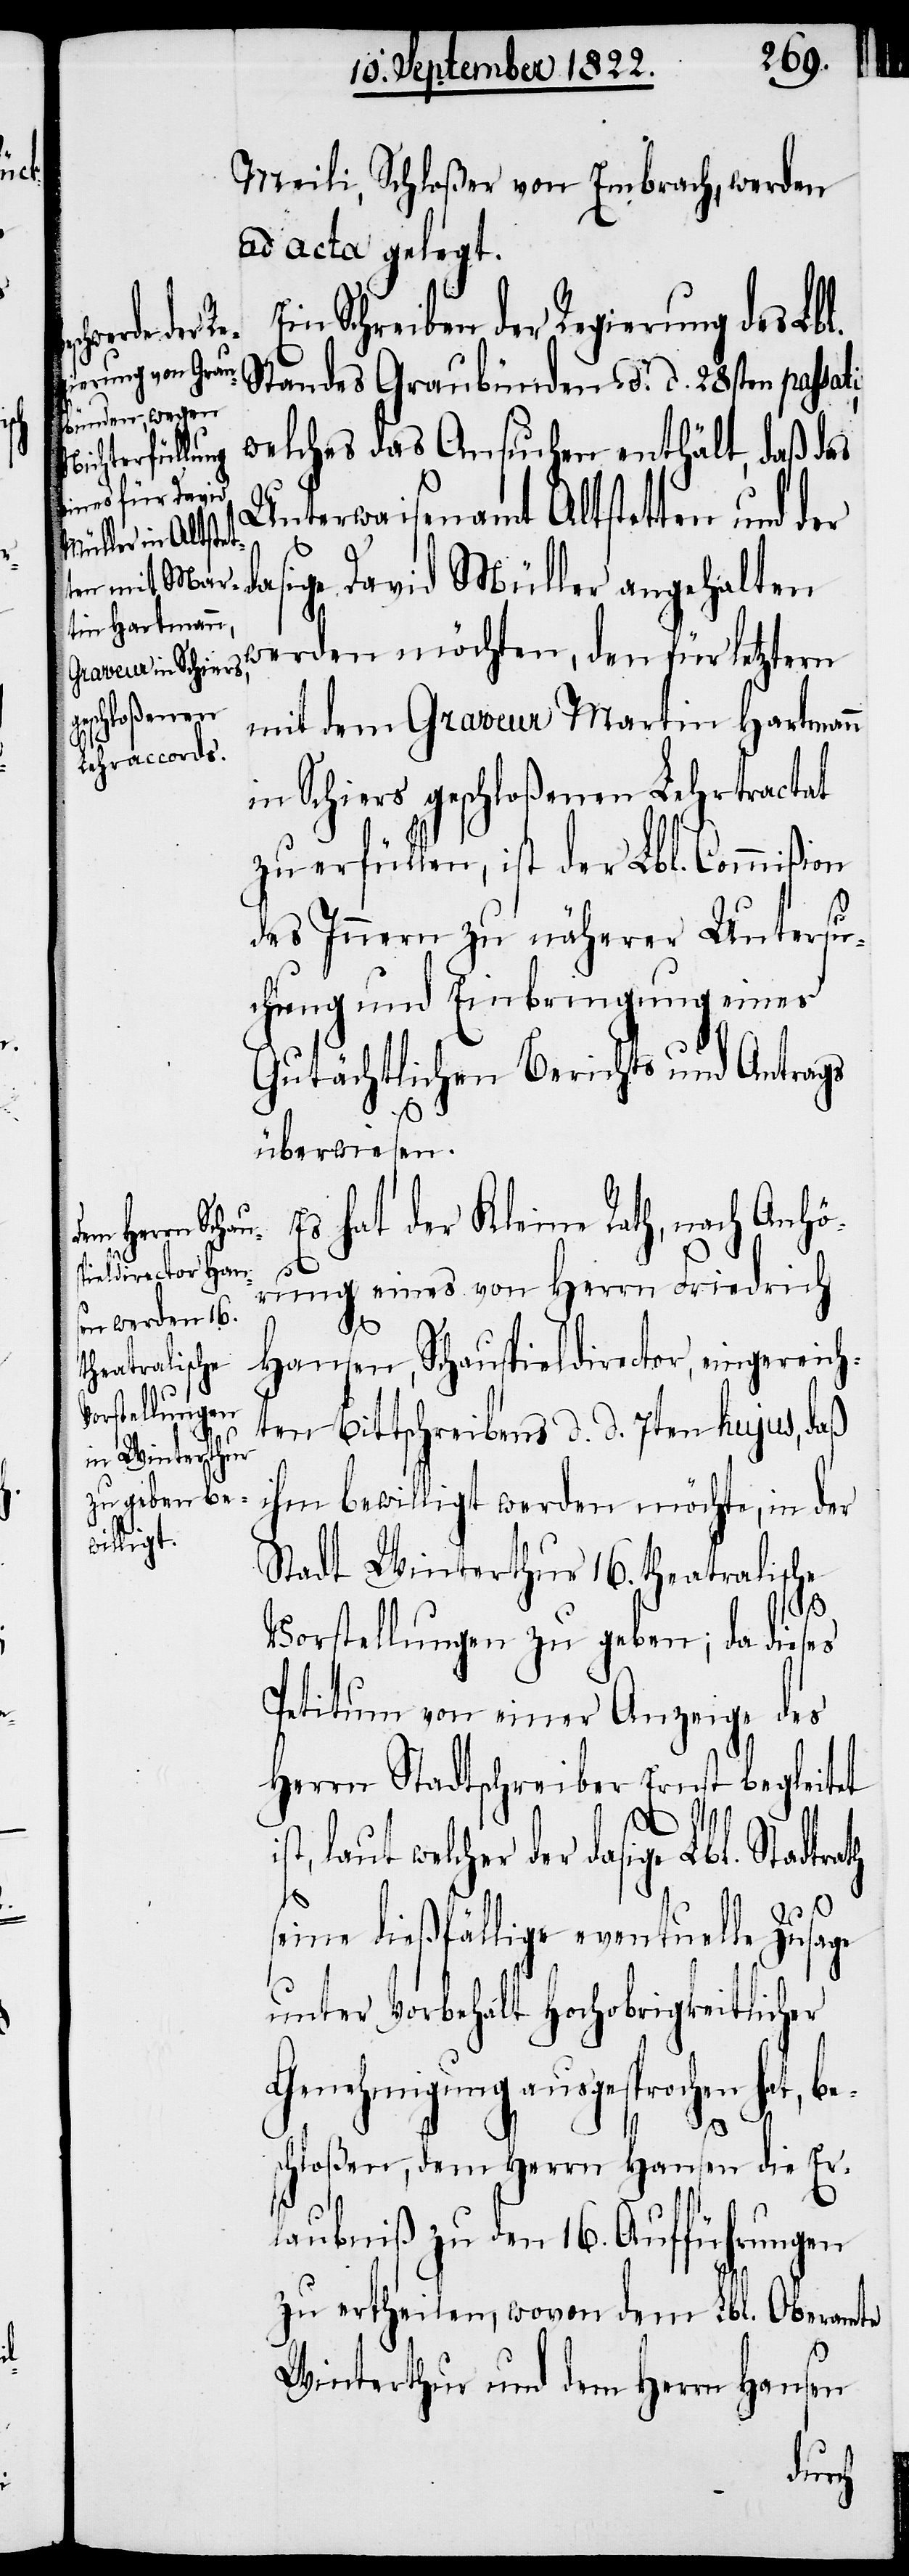
ti,
rath

Meili, Schloßner von Embrach, werden
ad acta gelegt.
Ein Schreiben der Regierung des Lbl.
Standes Graubünden d. d. 28sten passa¬
welches das Ansuchen enthält, daß das
Unterwaisenamt Altstetten und der
dasige David Müller angehalten
werden möchten, den für letztern
mit dem Graveur Martin Hartmann
in Schiers geschloßenen Lehrtractat
zu erfüllen, ist der Lbl. Commißion
des Innern zu näherer Untersu¬
chung und Einbringung eines
Gutächtlichen Berichts und Antrags
überwiesen.
Es hat der Kleine Rath, nach Anhö¬
rung eines von Herrn Friedrich
Hansen, Schauspieldirector, eingericht¬
eten Bittschreibens d. d. 7ten hujus, daß
ihm bewilligt werden möchte, in der
Stadt Winterthur 16. theatralische
Vorstellungen zu geben; da dieses
Petitum von einer Anzeige des
Herrn Stadtschreiber Ernst begleitet
ist,
laut welcher der dasige Lbl. Stadt¬
seine dießfällige eventuelle Zusage
unter Vorbehalt Hochobrigkeitlicher
Genehmigung ausgesprochen hat, be¬
schloßen, dem Herrn Hansen die Er¬
laubniß zu den 16. Aufführungen
zu ertheilen, wovon dem Lbl. Oberamte
Winterthur und dem Herrn Hansen